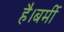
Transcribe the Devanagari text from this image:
है।बर्मी